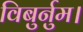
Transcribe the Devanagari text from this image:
विबुर्नुम।